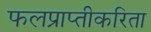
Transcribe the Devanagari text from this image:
फलप्राप्तीकरिता